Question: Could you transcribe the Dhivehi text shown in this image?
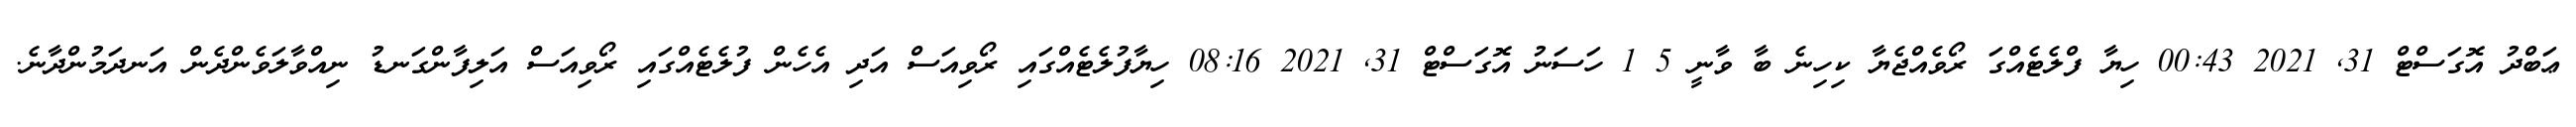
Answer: ޢަބްދު އޮގަސްޓް 31, 2021 00:43 ހިޔާ ފްލެޓެއްގަ ރޯވެއްޖެޔާ ކިހިނެ ބާ ވާނީ 5 1 ހަސަނު އޮގަސްޓް 31, 2021 08:16 ހިޔާފުލެޓެއްގައި ރޯވިއަސް އަދި އެހެން ފުލެޓެއްގައި ރޯވިއަސް އަލިފާންގަނޑު ނިއްވާލަވެންދެން އަނދަމުންދާނެ.